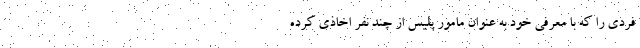
فردی را که با معرفی خود به عنوان مامور پلیس از چند نفر اخاذی کرده